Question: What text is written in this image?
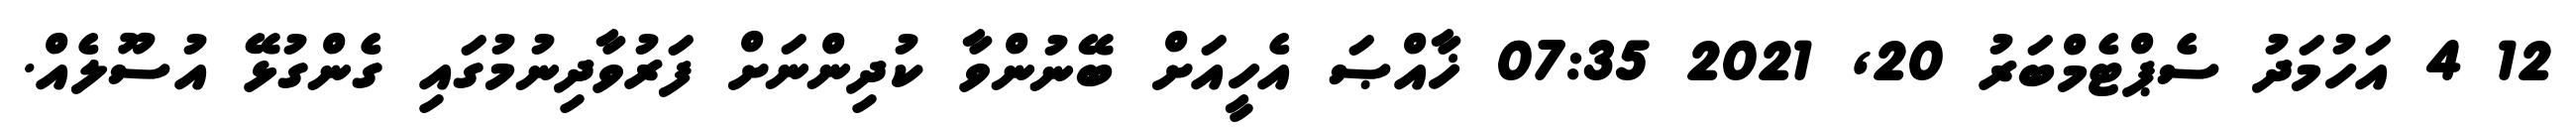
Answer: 12 4 އަހުމަދު ސެޕްޓެމްބަރު 20, 2021 07:35 ޚާއްޞަ އެހީއަށް ބޭނުންވާ ކުދިންނަށް ފަރުވާދިނުމުގައި ގެންގުޅޭ އުސޫލެއް.